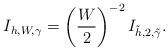
LaTeX: \begin{align*}I_{h,W,\gamma}=\left(\frac{W}{2}\right)^{-2}I_{\tilde{h},2,\tilde{\gamma}}.\end{align*}